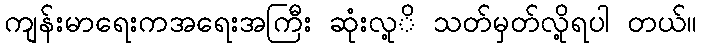
ကျန်းမာရေးကအရေးအကြီး ဆုံးလု့ိ သတ်မှတ်လို့ရပါ တယ်။